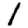
Digit: 1